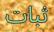
ثبات